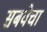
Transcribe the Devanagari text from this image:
सबवेचा